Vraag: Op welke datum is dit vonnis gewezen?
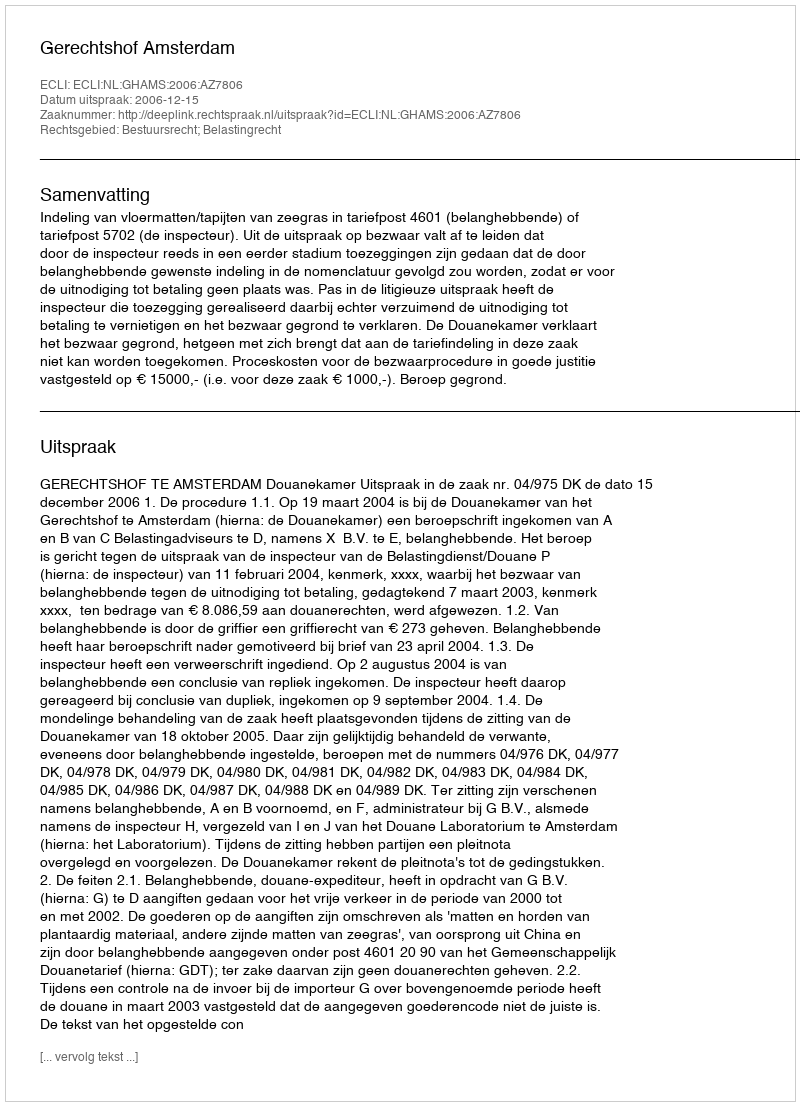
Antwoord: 2006-12-15